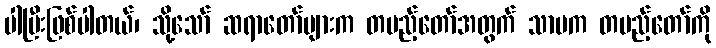
ပါပြီးဖြစ်ပါတယ်၊ သို့သော် ဆရာတော်များက တပည့်တော်အတွက် သာမက တပည့်တော်ကို